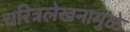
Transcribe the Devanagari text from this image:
चरित्रलेखनामुळे